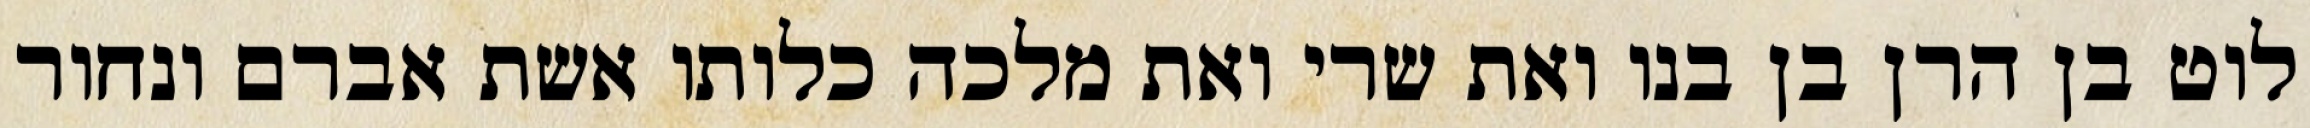
לוט בן הרן בן בנו ואת שרי ואת מלכה כלותו אשת אברם ונחור